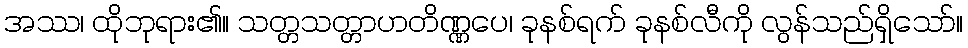
အဿ၊ ထိုဘုရား၏။ သတ္တသတ္တာဟတိဏ္ဏပေ၊ ခုနစ်ရက် ခုနစ်လီကို လွန်သည်ရှိသော်။